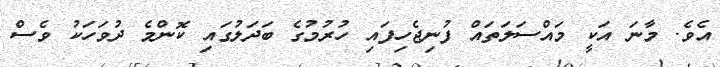
އެވެ. މާނަ އަކީ މައްސަލަތައް ފުނިޖެހިފައި ހުރުމުގެ ބަދަލުގައި ކޮންމެ ދުވަހަކު ވެސް